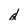
Character: d